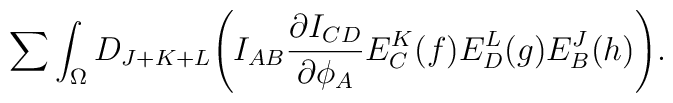
\sum\int_{\Omega}D_{J+K+L}\Biggl( I_{AB}{{\partial I_{CD}} \over {\partial \phi_A}}E^K_C(f)E^L_D(g)E^J_B(h)\Biggr) .